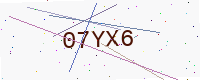
Text: 07YX6